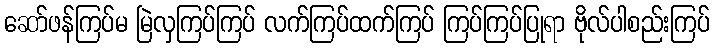
ဆော်ဖန်ကြပ်မ မြဲလှကြပ်ကြပ် လက်ကြပ်ထက်ကြပ် ကြပ်ကြပ်ပြုရာ ဗိုလ်ပါစည်းကြပ်